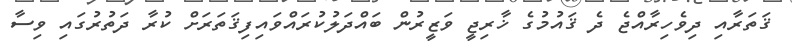
ޤަތަރާއި ދިވެހިރާއްޖެ ދެ ޤައުމުގެ ޚާރިޖީ ވަޒީރުން ބައްދަލުކުރައްވައިފިޤަތަރަށް ކުރާ ދަތުރުގައި ވިސާ